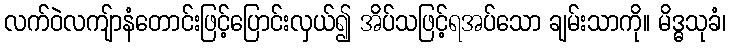
လက်ဝဲလကျ်ာနံတောင်းဖြင့်ပြောင်းလှယ်၍ အိပ်သဖြင့်ရအပ်သော ချမ်းသာကို။ မိဒ္ဓသုခံ၊